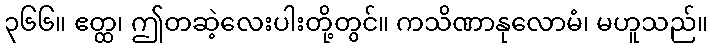
၃၆၆။ ဧတ္ထ၊ ဤတဆဲ့လေးပါးတို့တွင်။ ကသိဏာနုလောမံ၊ မဟူသည်။